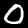
Label: 0